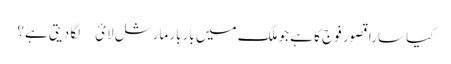
کیا سارا قصور فوج کا ہے جو ملک میں باربار مارشل لائ￿ لگا دیتی ہے؟